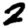
Digit: 2